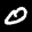
Label: 0